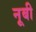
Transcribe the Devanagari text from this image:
नूबी